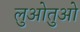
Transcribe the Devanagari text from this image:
लुओतुओ